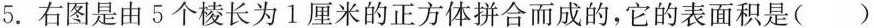
5.右图是由5个棱长为1厘米的正方体拼合而成的，它的表面积是()